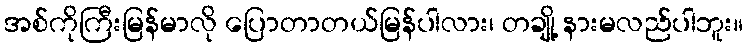
အစ်ကိုကြီးမြန်မာလို ပြောတာတယ်မြန်ပါလား၊ တချို့ နားမလည်ပါဘူး။